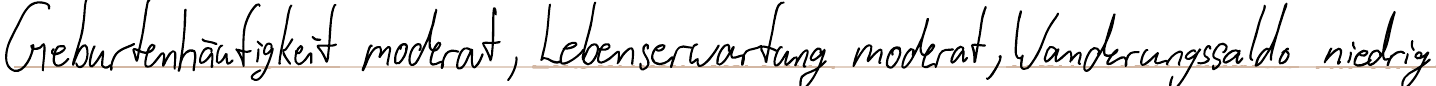
Geburtenhäufigkeit moderat, Lebenserwartung moderat, Wanderungssaldo niedrig